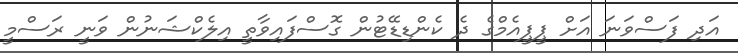
އަދި ފަސްވަނަ އަށް ޕީޕީއެމްގެ ދެ ކެންޑިޑޭޓުން ގޮސްފައިވާތީ އިލެކްޝަނުން ވަނީ ރަސްމީ